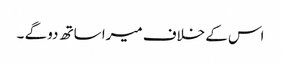
اس کے خلاف میرا ساتھ دو گے ۔